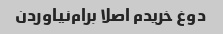
دوغ خریدم اصلا برام‌نیاوردن